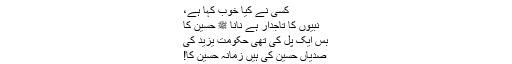
کسی نے کیا خوب کہا ہے،
نبیوںؑ کا تاجدار ہے نانا ﷺ حسینؓ کا
بس ایک پل کی تھی حکومت یزید کی
صدیاں حسینؓ کی ہیں زمانہ حسینؓ کا!